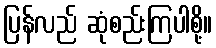
ပြန်လည် ဆုံစည်းကြပါစို့။